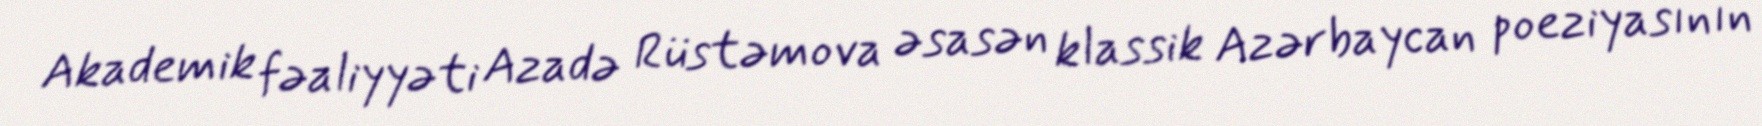
Akademik fəaliyyəti Azadə Rüstəmova əsasən klassik Azərbaycan poeziyasının